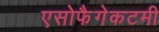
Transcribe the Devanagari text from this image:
एसोफैगेकटमी